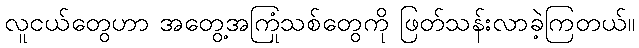
လူငယ်တွေဟာ အတွေ့အကြုံသစ်တွေကို ဖြတ်သန်းလာခဲ့ကြတယ်။